Annual report on the lock hospitals of the Madras Presidency
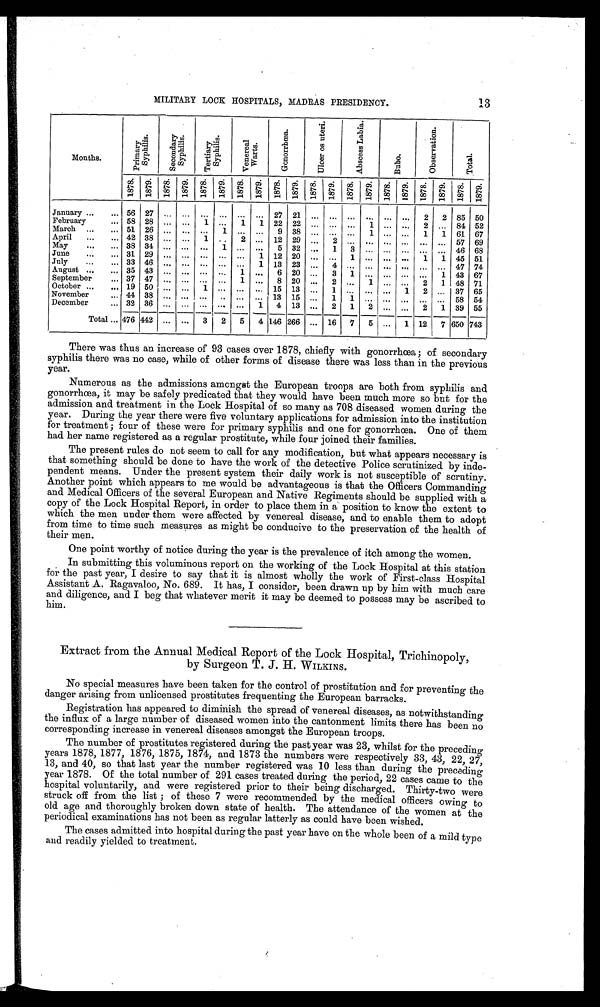
MILITARY LOCK HOSPITALS, MADRAS PRESIDENCY.
13
Months.
P r i m a r y S y p h i l i s .
S e c o n d a r y S y p h i l i s .
T e r t i a r y S y p h i l i s .
V e n e r e a l W a r t s .
G o n o r r h œ a .
U l c e r o s u t e r i .
A b s c e s s L a b i a . B u b o .
O b s e r v a t i o n .
T o t a l .
1 8 7 8 . 1879. 1 8 7 8 . 1 8 7 9 . 1 8 7 8 . 1879. 1 8 7 8 . 1879.
1878. 1879. 1 8 7 8 . 1 8 7 9 . 1878. 1 8 7 9 . 1 8 7 8 . 1 8 7 9 . 1 8 7 8 . 1 8 7 9 . 1 8 7 8 .
1 8 7 9 .
January ...
...
56 27
... ... ... ... ... ...
27 21
... ... ... ... ... ...
2 2 85 50
February
...
58 28
... ...
1 -. 1 1 22 2
... ... ...
1
... ...
2 _. 84 52
March
... ...
51 26
... ...
-. 1 .- _. 9 38
... ... ...
1
... ...
1 1 61 67
April
... ...
42 38
... ...
1 .. 2 .- 12 29
...
2
...
-.
... ...
-. .- 57 69
May
... ...
38 34
... ...
.- 1 ._ .- 5 32
...
1 3
... ...
-.• .- 46 68
June
... ... 31 29
... ...
-. .- .- 1 12 20
...
-. 1 -.
...
... 1 1 45 51
July
... ... 33 46
...
... -. .- -. 1 13 23
...
4 .- .-
... ...
... -. 47 74
August
... ...
35 43
... ...
-. .- 1 -. 6 20
...
3
-.
... ...
_. 1 43 67
September... 37 47
... ...
.- .- 1 .- 8 20
...
2 -. 1
...
.- 2 1 48 71
October
... ...
19 50
... ...
1 .- .- -. 15 13
...
1 -. -.
...
1 2 _. 37 65
November
...
44 38 .
... ...
-. - ... -. 13 15
...
1 1 -.
...
-. -. -. 58 54
December
...
32 36
... ...
_. -. _. 1 4 13
...
2 1 2
...
-. 2 1 39 55
Total.. 476 442
... ...
3 I2 5 4 146 266
...
16 7 5
...
1 12 7 650 743
There was thus an increase of 93 cases over 1878, chiefly with gonorrhoea; of secondary
syphilis there was no case, while of other forms of disease there was less than in the previous
year.
Numerous as the admissions amongst the European troops are both from syphilis and
gonorrhoea, it may be safely predicated that they would have been much more so but for the
admission and treatment in the Lock Hospital of so many as 708 diseased women during the
year. During the year there were five voluntary applications for admission into the institution
for treatment; four of these were for primary syphilis and one for gonorrhoea. One of them
had her name registered as a regular prostitute, while four joined their families.
The present rules do not seem to call for any modification, but what appears necessary is
that something should be done to have the work of the detective Police scrutinized by inde-
pendent means. Under the present system their daily work is not susceptible of scrutiny.
Another point which appears to me would be advantageous is that the Officers Commanding
and Medical Officers of the several European and Native Regiments should be supplied with a
copy of the Lock Hospital Report, in order to place them in a position to know the extent to
which the men under them were affected by venereal disease, and to enable them to adopt
from time to time such measures as might be conducive to the preservation of the health of
their men.
One point worthy of notice during the year is the prevalence of itch among the women.
In submitting this voluminous report on the working of the Lock Hospital at this station
for the past year, I desire to say that it is almost wholly the work of First-class Hospital
Assistant A. Ragavaloo, No. 689. It has, I consider, been drawn up by him with much care
and diligence, and I beg that whatever merit it may be deemed to possess may be ascribed to
him.
Extract from the Annual Medical Report of the Lock Hospital, Trichinopoly,
by Surgeon T. J. H. WILKINS.
No special measures have been taken for the control of prostitution and for preventing the
danger arising from unlicensed prostitutes frequenting the European barracks.
Registration has appeared to diminish the spread of venereal diseases, as notwithstanding
the influx of a large number of diseased women into the cantonment limits there has been no
corresponding increase in venereal diseases amongst the European troops.
The number of prostitutes registered during the past year was 23, whilst for the preceding
years 1878, 1877, 1876, 1875, 1874, and 1873 the numbers were respectively 33, 43, 22, 27,
13, and 40, so that last year the number registered was 10 less than during the preceding
year 1878. Of the total number of 291 cases treated during the period, 22 cases came to the
hospital voluntarily, and were registered prior to their being discharged. Thirty-two were
struck off from the list; of these 7 were recommended by the medical officers owing to
old age and thoroughly broken down state of health. The attendance of the women at the
periodical examinations has not been as regular latterly as could have been wished.
The cases admitted into hospital during the past year have on the whole been of a mild type
and readily yielded to treatment.